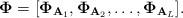
LaTeX: \begin{align*}\mathbf{\Phi} = [\mathbf{\Phi}_{\mathbf{A}_{1}},\mathbf{\Phi}_{\mathbf{A}_{2}},\ldots, \mathbf{\Phi}_{\mathbf{A}_{L}}].\end{align*}